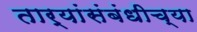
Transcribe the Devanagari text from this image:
तार्‍यांसंबंधीच्या